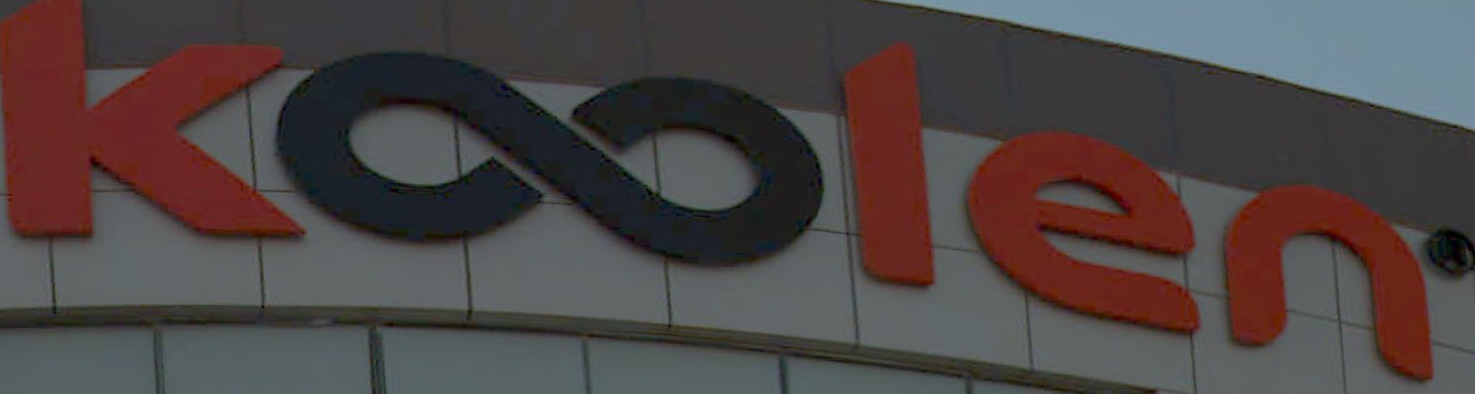
Koolen